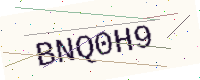
Text: BNQ0H9